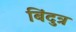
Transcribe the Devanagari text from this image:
बिंदुत्र